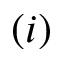
( i )